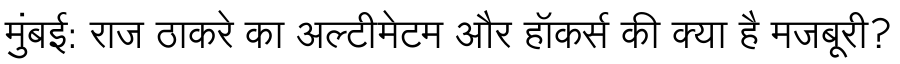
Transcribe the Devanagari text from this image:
मुंबई: राज ठाकरे का अल्टीमेटम और हॉकर्स की क्या है मजबूरी?